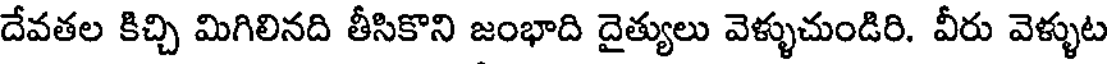
దేవతల కిచ్చి మిగిలినది తీసికొని జంభాది దైత్యులు వెళ్ళుచుండిరి. వీరు వెళ్ళుట